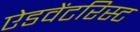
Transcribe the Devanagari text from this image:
ऐडवेंटरिस्ट